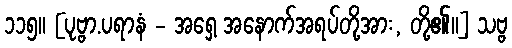
၁၁၅။ [ပုဗ္ဗာ.ပရာနံ - အရှေ့ အနောက်အရပ်တို့အား, တို့၏။] သဗ္ဗ